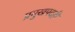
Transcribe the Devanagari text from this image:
प्रमुखपदही